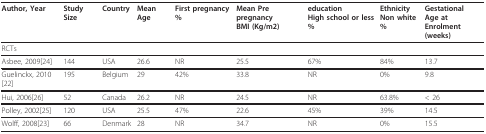
| Author, Year | Study Size | Country | Mean Age | First pregnancy% | Mean Pre pregnancyBMI (Kg/m2) | educationHigh school or less% | EthnicityNon white% | Gestational Age atEnrolment (weeks) |
 | --- | --- | --- | --- | --- | --- | --- | --- | --- |
 | <COLSPAN=9> RCTs |
 | Asbee, 2009[24] | 144 | USA | 26.6 | NR | 25.5 | 67% | 84% | 13.7 |
 | Guelinckx, 2010[22] | 195 | Belgium | 29 | 42% | 33.8 | NR | 0% | 9.8 |
 | Hui, 2006[26] | 52 | Canada | 26.2 | NR | 24.5 | NR | 63.8% | < 26 |
 | Polley, 2002[25] | 120 | USA | 25.5 | 47% | 22.6 | 45% | 39% | 14.5 |
 | Wolff, 2008[23] | 66 | Denmark | 28 | NR | 34.7 | NR | 0% | 15.5 |